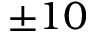
\pm 1 0